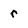
Character: r